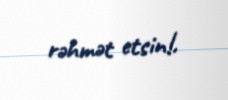
rəhmət etsin!.